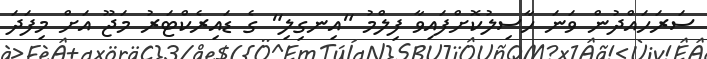
ސަރަހައްދުން ވަނަ ހާސިލުކޮށްފައިވާ ފިލްމު "އިނގިލި" ގެ ޑައިރެކްޓަރު މަޖޫ އަށް މިފަދަ